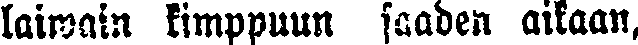
laiwain kimppuun saaden aikaan,